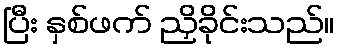
ပြီး နှစ်ဖက် ညှိခိုင်းသည်။